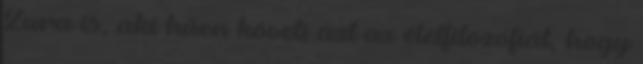
Zura is, aki hűen követi azt az életfilozófiát, hogy